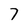
Character: 7